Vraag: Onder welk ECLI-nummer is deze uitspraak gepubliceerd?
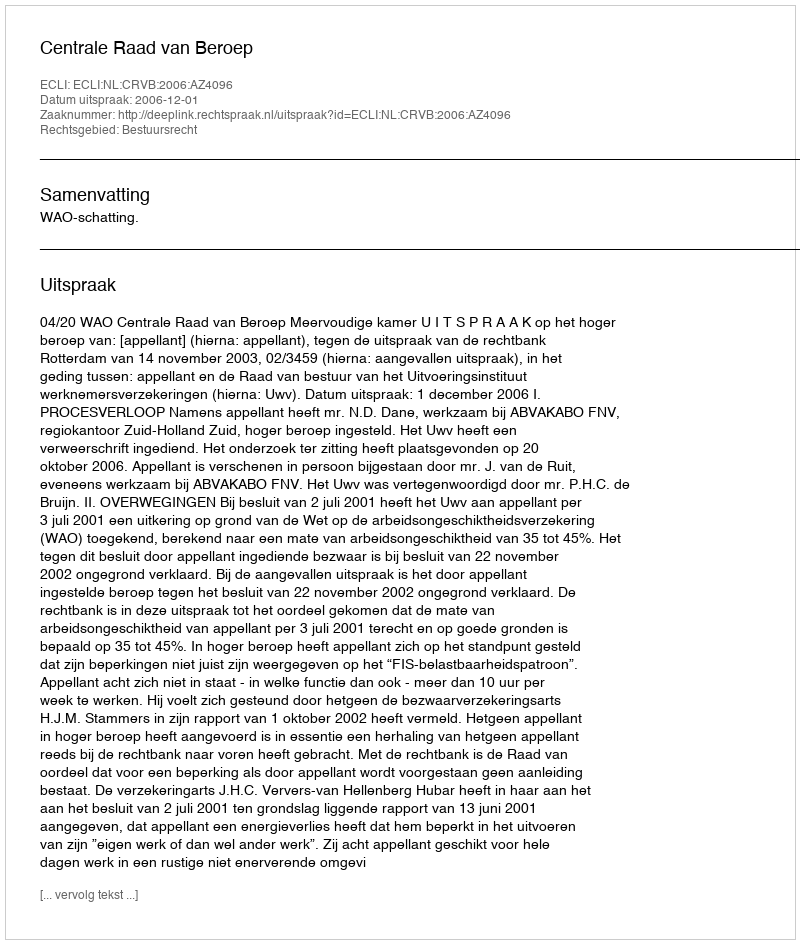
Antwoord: ECLI:NL:CRVB:2006:AZ4096